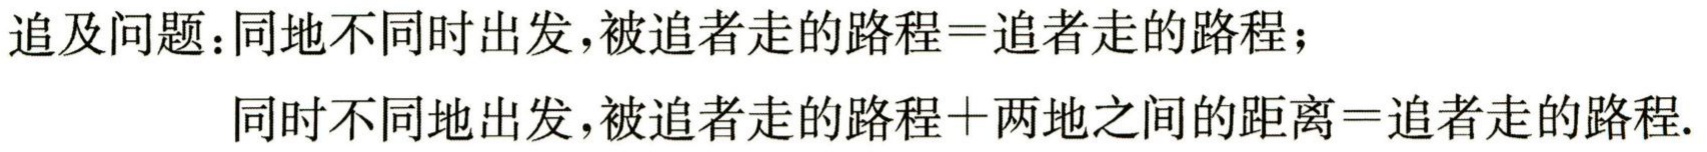
追及问题：同地不同时出发，被追者走的路程=追者走的路程；

同时不同地出发，被追者走的路程+两地之间的距离=追者走的路程.